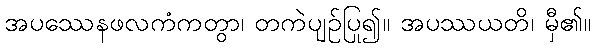
အပဿေနဖလကံကတွာ၊ တကဲပျဉ်ပြု၍။ အပဿယတိ၊ မှီ၏။